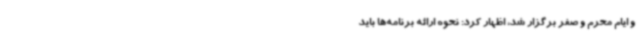
و ایام محرم و صفر برگزار شد، اظهار کرد: نحوه ارائه برنامه‌ها باید